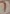
Text: 1